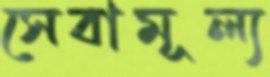
সেবামূল্য